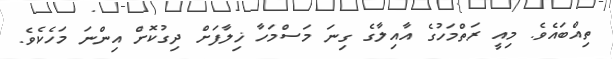
ތިއްބައެވެ. މިއީ ރަތްމަހުގެ އާއިލާގެ ގިނަ މަސްމަހާ ޚިލާފަށް ދިގުކޮށް އިންނަ މަހެކެވެ.